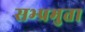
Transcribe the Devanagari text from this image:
सभ्प्रभुता